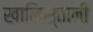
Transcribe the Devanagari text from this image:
खालिस्तानी